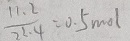
\frac { 1 1 . 2 } { 2 2 . 4 } = 0 . 5 m o l